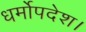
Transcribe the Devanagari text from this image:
धर्मोपदेश।